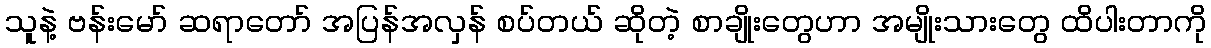
သူနဲ့ ဗန်းမော် ဆရာတော် အပြန်အလှန် စပ်တယ် ဆိုတဲ့ စာချိုးတွေဟာ အမျိုးသားတွေ ထိပါးတာကို